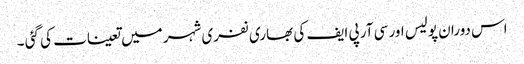
اس دوران پولیس اور سی آر پی ایف کی بھاری نفری شہر میں تعینات کی گئی ۔